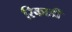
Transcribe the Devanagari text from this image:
रिकार्डी